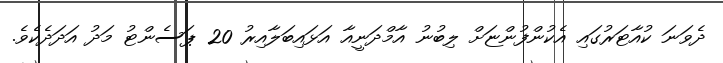
ދެވަނަ ކުއާޓަރުގައި އެކުންފުންޏަށް ލިބުނު އާމްދަނީއާ އަޅައިބަލާއިރު 20 ޕަސެންޓު މަދު އަދަދެކެވެ.